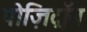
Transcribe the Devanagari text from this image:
पोज़िट्रॉन